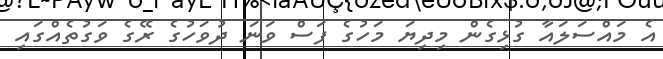
އެ މައްސަލައާ ގުޅިގެން މިދިޔަ މަހުގެ ފަސް ވަނަ ދުވަހުގެ ރޭގެ ވަގުތެއްގައި